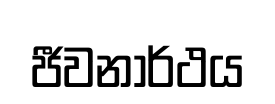
ජීවනාර්ථය